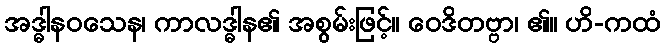
အဒ္ဓါနဝသေန၊ ကာလဒ္ဓါန၏ အစွမ်းဖြင့်။ ဝေဒိတဗ္ဗာ၊ ၏။ ဟိ-ကထံ